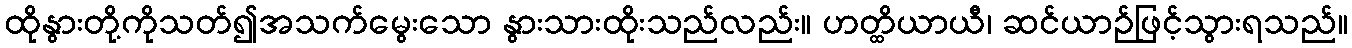
ထိုနွားတို့ကိုသတ်၍အသက်မွေးသော နွားသားထိုးသည်လည်း။ ဟတ္ထိယာယီ၊ ဆင်ယာဉ်ဖြင့်သွားရသည်။